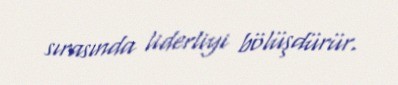
sırasında liderliyi bölüşdürür.